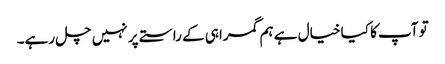
تو آپ کا کیا خیال ہے ہم گمراہی کے راستے پر نہیں چل رہے۔